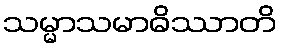
သမ္မာသမာဓိဿာတိ